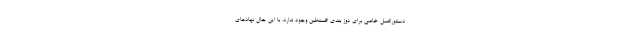
دستورالعمل خاصی برای دوز بندی افسنطین وجود ندارد. با این حال نهادهای